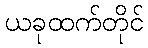
ယခုထက်တိုင်